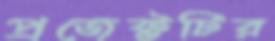
প্রজেক্টটির